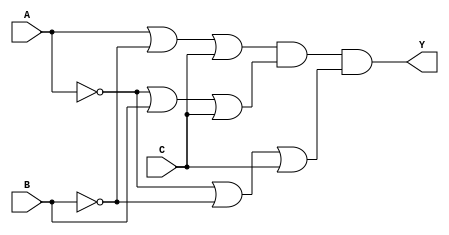
module pos_simplification (
    input wire A,   // First input
    input wire B,   // Second input
    input wire C,   // Third input
    output wire Y   // Output of the POS logic
);

// Intermediate wires for the sum terms
wire term1, term2, term3;

// Define the sum terms based on the given POS expression
// POS: (A + B' + C)(A' + B + C)(A' + B' + C)
assign term1 = A | (~B) | C;  // A + B' + C
assign term2 = (~A) | B | C;  // A' + B + C
assign term3 = (~A) | (~B) | C; // A' + B' + C

// Combine the sum terms with an AND gate
assign Y = term1 & term2 & term3;

endmodule